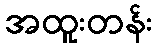
အထူးတန်း